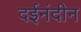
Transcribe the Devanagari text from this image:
दईनंदीन